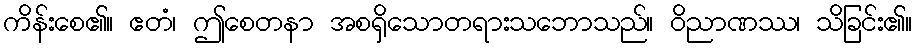
ကိန်းစေ၏။ ဧတံ၊ ဤစေတနာ အစရှိသောတရားသဘောသည်။ ဝိညာဏဿ၊ သိခြင်း၏။